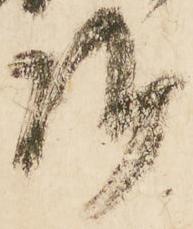
御